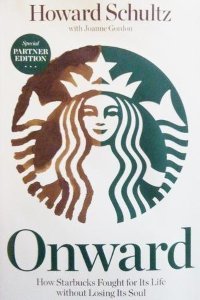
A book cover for Onward, How Starbucks Fought for Its Life without Losing Its Soul; Howard Schultz; Cookbooks, Food & Wine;